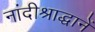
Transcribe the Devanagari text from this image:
नांदीश्राद्धानें